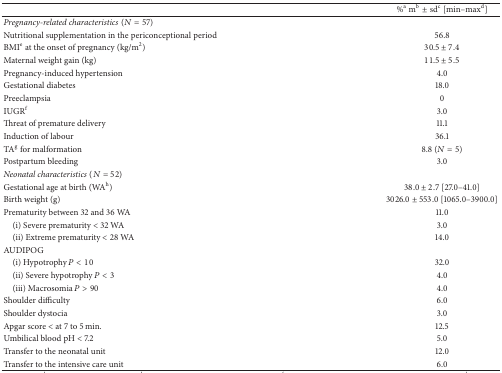
<table><thead><tr><td><b> </b></td><td><b>%<sup>a</sup> m<sup>b</sup>± sd<sup>c</sup> [min–max<sup>d</sup>]</b></td></tr></thead><tbody><tr><td><i>Pregnancy-related characteristics</i>(<i>N</i> = 57)</td><td> </td></tr><tr><td>Nutritional supplementation in the periconceptional period</td><td>56.8</td></tr><tr><td>BMI<sup>e</sup> at the onset of pregnancy (kg/m<sup>2</sup>)</td><td>30.5 ± 7.4</td></tr><tr><td>Maternal weight gain (kg)</td><td>11.5 ± 5.5</td></tr><tr><td>Pregnancy-induced hypertension</td><td> 4.0</td></tr><tr><td>Gestational diabetes</td><td>18.0</td></tr><tr><td>Preeclampsia</td><td> 0</td></tr><tr><td>IUGR<sup>f</sup></td><td> 3.0</td></tr><tr><td>Threat of premature delivery</td><td>11.1</td></tr><tr><td>Induction of labour</td><td>36.1</td></tr><tr><td>TA<sup>g</sup> for malformation</td><td>8.8 (<i>N</i> = 5)</td></tr><tr><td>Postpartum bleeding</td><td>3.0</td></tr><tr><td><i>Neonatal characteristics</i>(<i>N</i> = 52)</td><td> </td></tr><tr><td>Gestational age at birth (WA<sup>h</sup>)</td><td>38.0 ± 2.7 [27.0–41.0]</td></tr><tr><td>Birth weight (g)</td><td>3026.0 ± 553.0 [1065.0–3900.0]</td></tr><tr><td>Prematurity between 32 and 36 WA</td><td>11.0</td></tr><tr><td> (i) Severe prematurity &lt; 32 WA</td><td> 3.0</td></tr><tr><td> (ii) Extreme prematurity &lt; 28 WA</td><td>14.0</td></tr><tr><td>AUDIPOG</td><td> </td></tr><tr><td> (i) Hypotrophy <i>P</i> &lt; 10</td><td>32.0</td></tr><tr><td> (ii) Severe hypotrophy <i>P</i> &lt; 3</td><td>4.0</td></tr><tr><td> (iii) Macrosomia <i>P</i> &gt; 90</td><td>4.0</td></tr><tr><td>Shoulder difficulty</td><td>6.0</td></tr><tr><td>Shoulder dystocia</td><td>3.0</td></tr><tr><td>Apgar score &lt; at 7 to 5 min.</td><td>12.5</td></tr><tr><td>Umbilical blood pH &lt; 7.2</td><td>5.0</td></tr><tr><td>Transfer to the neonatal unit</td><td>12.0</td></tr><tr><td>Transfer to the intensive care unit</td><td>6.0</td></tr></tbody></table>